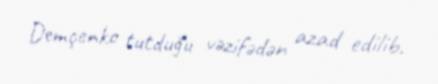
Demçenko tutduğu vəzifədən azad edilib.